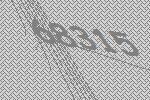
68315